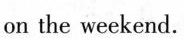
on the weekend.